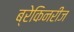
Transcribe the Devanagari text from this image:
ब्रेकिनरीज